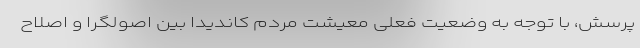
پرسش، با توجه به وضعیت فعلی معیشت مردم کاندیدا بین اصولگرا و اصلاح